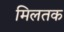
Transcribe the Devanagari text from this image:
मिलतक